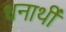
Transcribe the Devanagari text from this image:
धनार्थी